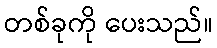
တစ်ခုကို ပေးသည်။